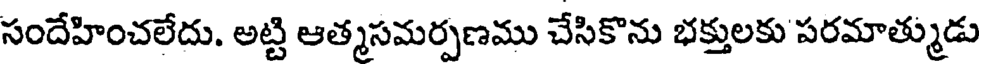
సందేహించలేదు. అట్టి ఆత్మసమర్పణము చేసికొను భక్తులకు పరమాత్ముడు